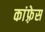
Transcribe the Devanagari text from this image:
कांफ़्रेस